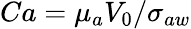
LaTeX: Ca={\mu}_{a}V_{0}/{\sigma}_{aw}